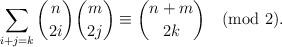
LaTeX: \begin{align*}\sum_{i+j=k}\binom{n }{ 2i}\binom{m }{ 2j}\equiv \binom{n+m }{ 2k} \pmod2.\end{align*}